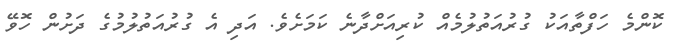
ކޮންމެ ހަފްތާއަކު ގުރުއަތުލުމެއް ކުރިއަށްދާނެ ކަމަށެވެ. އަދި އެ ގުރުއަތުލުމުގެ ދަށުން ހޮވޭ